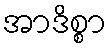
အာဒိစ္စာ